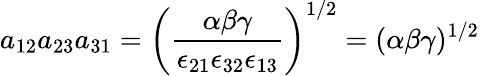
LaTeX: a_{12}a_{23}a_{31}=\left(\frac{\alpha\beta\gamma}{\epsilon_{21}\epsilon_{32}\epsilon_{13}}\right)^{1/2}=(\alpha\beta\gamma)^{1/2}